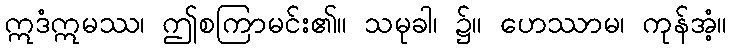
ဣဒံဣမဿ၊ ဤစကြာမင်း၏။ သမုခါ၊ ၌။ ဟေဿာမ၊ ကုန်အံ့။